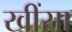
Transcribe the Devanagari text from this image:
खींसा